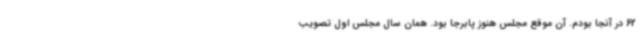
62 در آنجا بودم. آن موقع مجلس هنوز پابرجا بود. همان سال مجلس اول تصویب